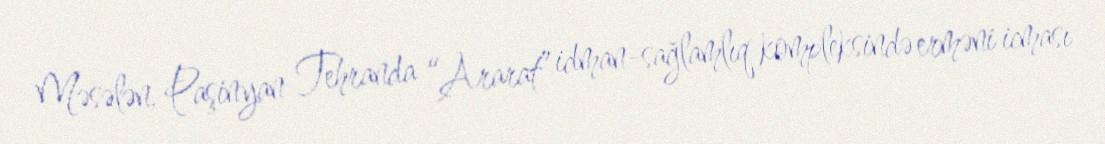
Məsələn, Paşinyan Tehranda “Ararat” idman-sağlamlıq kompleksində erməni icması